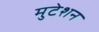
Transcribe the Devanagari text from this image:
मुटेशन